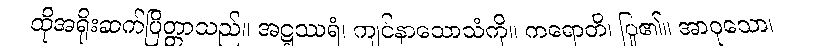
ထိုအရိုးဆက်ပြိတ္တာသည်။ အဋ္ဋဿရံ၊ ကျင်နာသောသံကို။ ကရောတိ၊ ပြု၏။ အာဝုသော၊